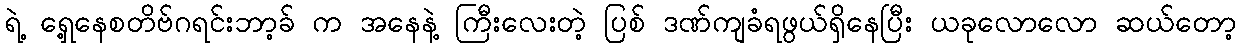
ရဲ့ ရှေ့နေစတိဗ်ဂရင်းဘာ့ခ် က အနေနဲ့ ကြီးလေးတဲ့ ပြစ် ဒဏ်ကျခံရဖွယ်ရှိနေပြီး ယခုလောလော ဆယ်တော့